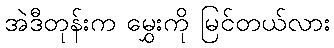
အဲဒီတုန်းက မွှေးကို မြင်တယ်လား